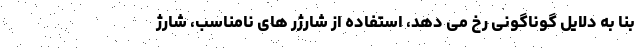
بنا به دلایل گوناگونی رخ می دهد، استفاده از شارژر های نامناسب، شارژ